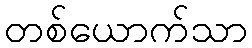
တစ်ယောက်သာ